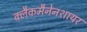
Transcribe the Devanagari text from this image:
क्लैकमैनेनशायर